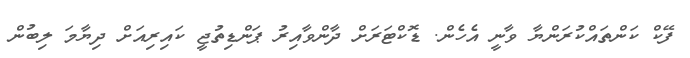
ފޭކް ކަންތައްކުރަންޔާ ވާނީ އެހެން. ޑޮކްޓަރަށް ދާންވާއިރު ޕަންޑިތުޖީ ކައިރިއަށް ދިޔާމަ ލިބުން